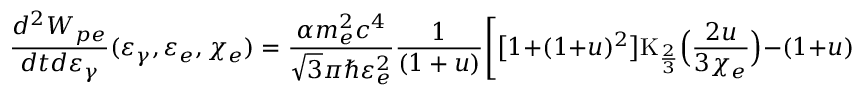
\frac { d ^ { 2 } W _ { p e } } { d t d \varepsilon _ { \gamma } } ( \varepsilon _ { \gamma } , \varepsilon _ { e } , \chi _ { e } ) = \frac { \alpha m _ { e } ^ { 2 } c ^ { 4 } } { \sqrt { 3 } \pi \hbar \varepsilon _ { e } ^ { 2 } } \frac { 1 } { ( 1 + u ) } \Biggl [ \bigl [ 1 + ( 1 + u ) ^ { 2 } \bigr ] \mathrm { K } _ { \frac { 2 } { 3 } } \Bigl ( \frac { 2 u } { 3 \chi _ { e } } \Bigr ) - ( 1 + u ) \int _ { \frac { 2 u } { 3 \chi _ { e } } } ^ { \infty } \mathrm { K } _ { \frac { 1 } { 3 } } \bigl ( y \bigr ) d y \Biggr ] ,